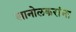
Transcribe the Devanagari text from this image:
खानोलकरांना